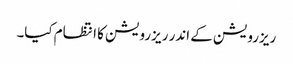
ریزرویشن کے اندر ریزرویشن کا انتظام کیا۔